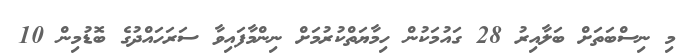
މި ނިސްބަތަށް ބަލާއިރު 28 ގައުމަކުން ހިމާޔަތްކުރުމަށް ނިންމާފައިވާ ސަރަހައްދުގެ ބޮޑުމިން 10